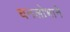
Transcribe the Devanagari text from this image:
धनलोभाने